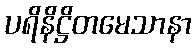
ပရိနိဋ္ဌိတမေသာနာ